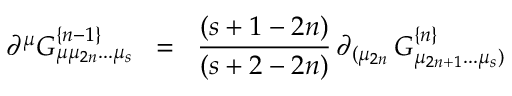
\partial ^ { \mu } { \cal { G } } _ { \mu \mu _ { 2 n } . . . \mu _ { s } } ^ { \{ n - 1 \} } \; \; = \; \; { \frac { ( s + 1 - 2 n ) } { ( s + 2 - 2 n ) } } \, \partial _ { ( \mu _ { 2 n } } \, { \cal { G } } _ { \mu _ { 2 n + 1 } . . . \mu _ { s } ) } ^ { \{ n \} }